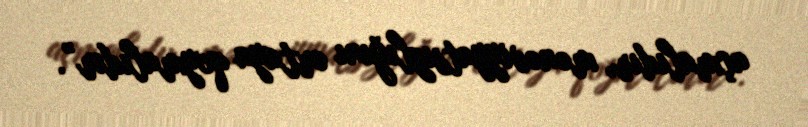
açmalıdır, mənəviyyatsızlığını ortaya qoymalıdır”.